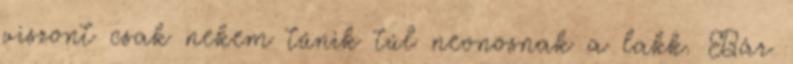
viszont csak nekem tűnik túl neonosnak a lakk. Bár